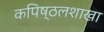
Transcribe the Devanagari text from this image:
कपिष्ठलशाखा